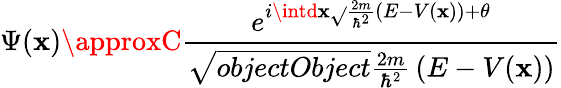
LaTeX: \Psi(\mathbf{x})\approxC{\frac{{e^{i\intd\mathbf{x}{\sqrt{}{{{\frac{{2m}}{{\hbar^{2}}}}\left(E-V(\mathbf{x})\right)}}}+\theta}}}{{\sqrt{{{objectObject}}}{{{\frac{{2m}}{{\hbar^{2}}}}\left(E-V(\mathbf{x})\right)}}}}}